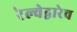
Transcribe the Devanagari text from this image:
रेल्वेद्वारेच